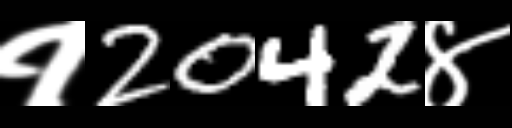
Text: १2042४